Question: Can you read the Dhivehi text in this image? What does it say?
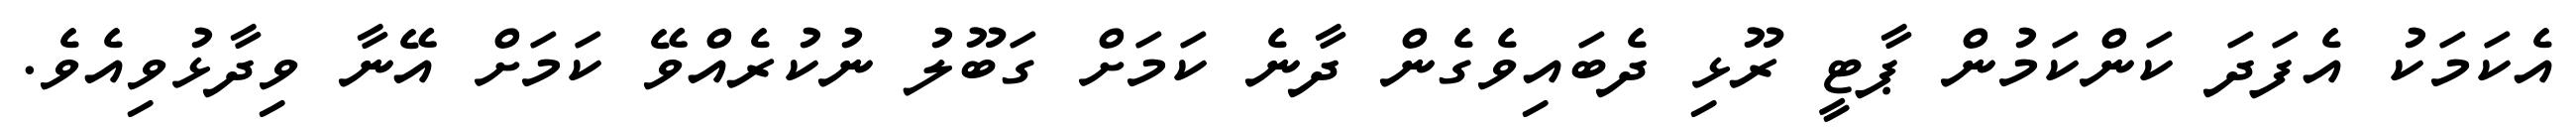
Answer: އެކަމަކު އެފަދަ ކަންކަމުން ޕާޓީ ރޫޅި ދެބައިވެގެން ދާނެ ކަމަށް ގަބޫލު ނުކުރެއްވޭ ކަމަށް އޭނާ ވިދާޅުވިއެވެ.